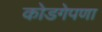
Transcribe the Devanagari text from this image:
कोडगेपणा